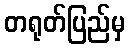
တရုတ်ပြည်မှ